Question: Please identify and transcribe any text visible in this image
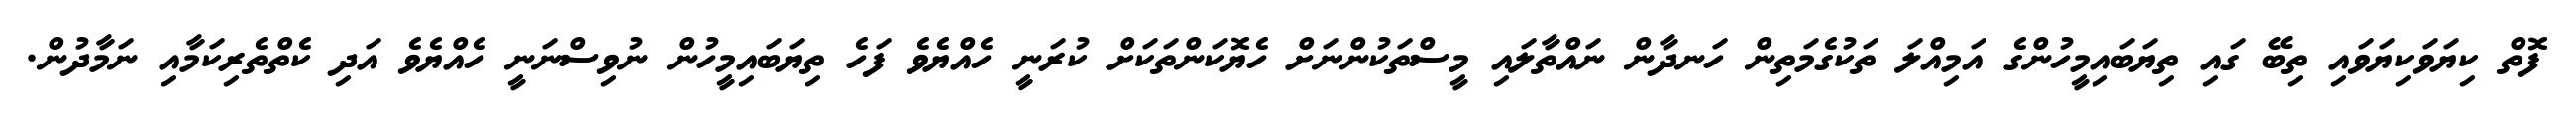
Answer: ފޮތް ކިޔަވަކިޔަވައި ތިބޭ ގައި ތިޔަބައިމީހުންގެ އަމިއްލަ ތަކުގެމަތިން ހަނދާން ނައްތާލައި މީސްތަކުންނަށް ހެޔޮކަންތަކަށް ކުރަނީ ހެއްޔެވެ ފަހެ ތިޔަބައިމީހުން ނުވިސްނަނީ ހެއްޔެވެ އަދި ކެތްތެރިކަމާއި ނަމާދުން.